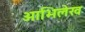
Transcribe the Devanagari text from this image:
आभिलेख